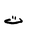
Letter: _ta